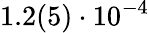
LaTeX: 1.2(5)\cdot 10^{-4}